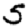
Digit: 5